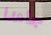
جاهدا